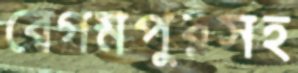
বেগমপুরসহ